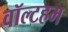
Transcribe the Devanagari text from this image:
वॉल्टहम